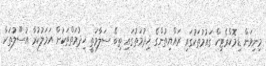
މިނިވަން ޑިމޮކްރެޓިކް ގައުމުތަކުގައި ރައްޔިތުންގެ ޚިދުމަތުގައި ތިބޭ ސަލާމަތީ ޚިދުމަތްތަކުން އަމަލުކުރާ އުސޫލުތަކާ